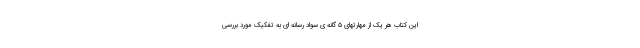
این کتاب هر یک از مهارتهای ۵ گانه ی سواد رسانه ای به تفکیک مورد بررسی